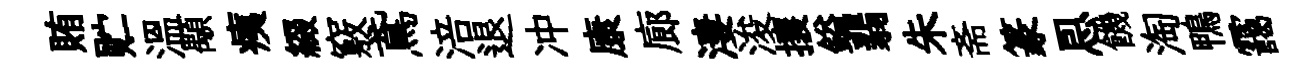
賄贮温顒痍綴竅鳶涪退冲康廊淒浚攘鎰翡朱斋篆㤙饑淘鴨靄